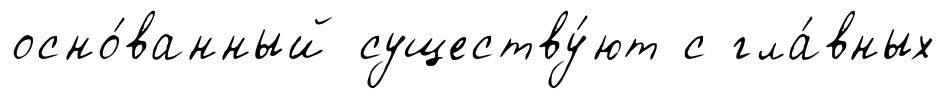
осно́ванный существу́ют с гла́вных